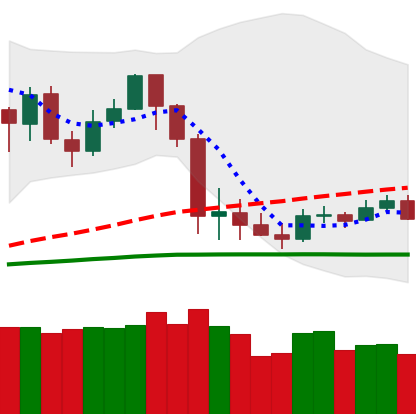
Ticker: LTC-USD
Chart end date: 2020-03-07
Forward return: -48.914%
Label: down_7plus